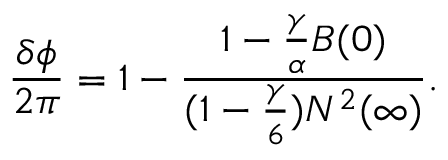
\frac { \delta \phi } { 2 \pi } = 1 - \frac { 1 - \frac { \gamma } { \alpha } B ( 0 ) } { ( 1 - { \frac { \gamma } { 6 } } ) N ^ { 2 } ( \infty ) } .